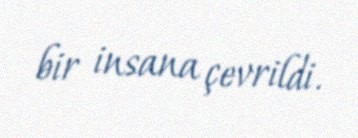
bir insana çevrildi.